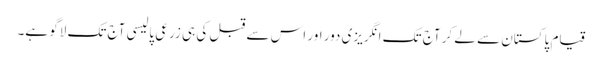
قیام پاکستان سے لے کر آج تک انگریزی دور اور اس سے قبل کی ہی زرعی پالیسی آج تک لاگو ہے۔